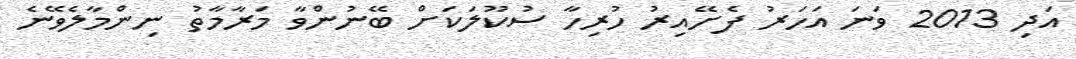
އަދި 2013 ވަނަ އަހަރު ފެށޭއިރު ހުރިހާ ސުކޫލަކަށް ބޭނުންވާ މަރާމާތު ނިންމާލެވޭނެ